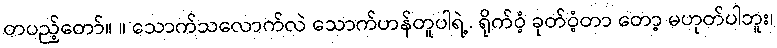
တပည့်တော်။ ။ သောက်သလောက်လဲ သောက်ဟန်တူပါရဲ့. ရိုက်ဝံ့ ခုတ်ဝံ့တာ တော့ မဟုတ်ပါဘူး၊